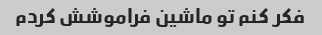
فکر کنم تو ماشین فراموشش کردم